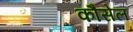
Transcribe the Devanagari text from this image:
कौंसेल